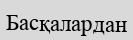
Басқалардан